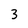
Character: 3